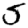
Digit: 5